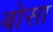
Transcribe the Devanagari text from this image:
बोसा